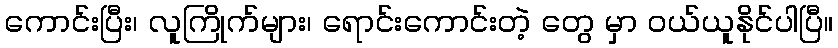
ကောင်းပြီး၊ လူကြိုက်များ၊ ရောင်းကောင်းတဲ့ တွေ မှာ ဝယ်ယူနိုင်ပါပြီ။